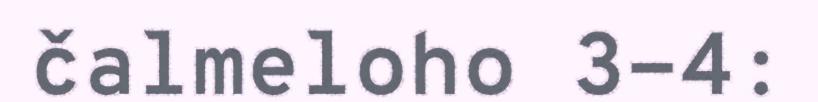
čalmeloho 3-4: